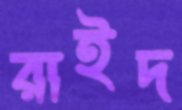
রাইদ